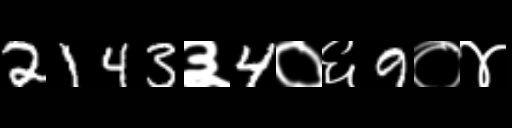
Text: 2143३4०६9०४